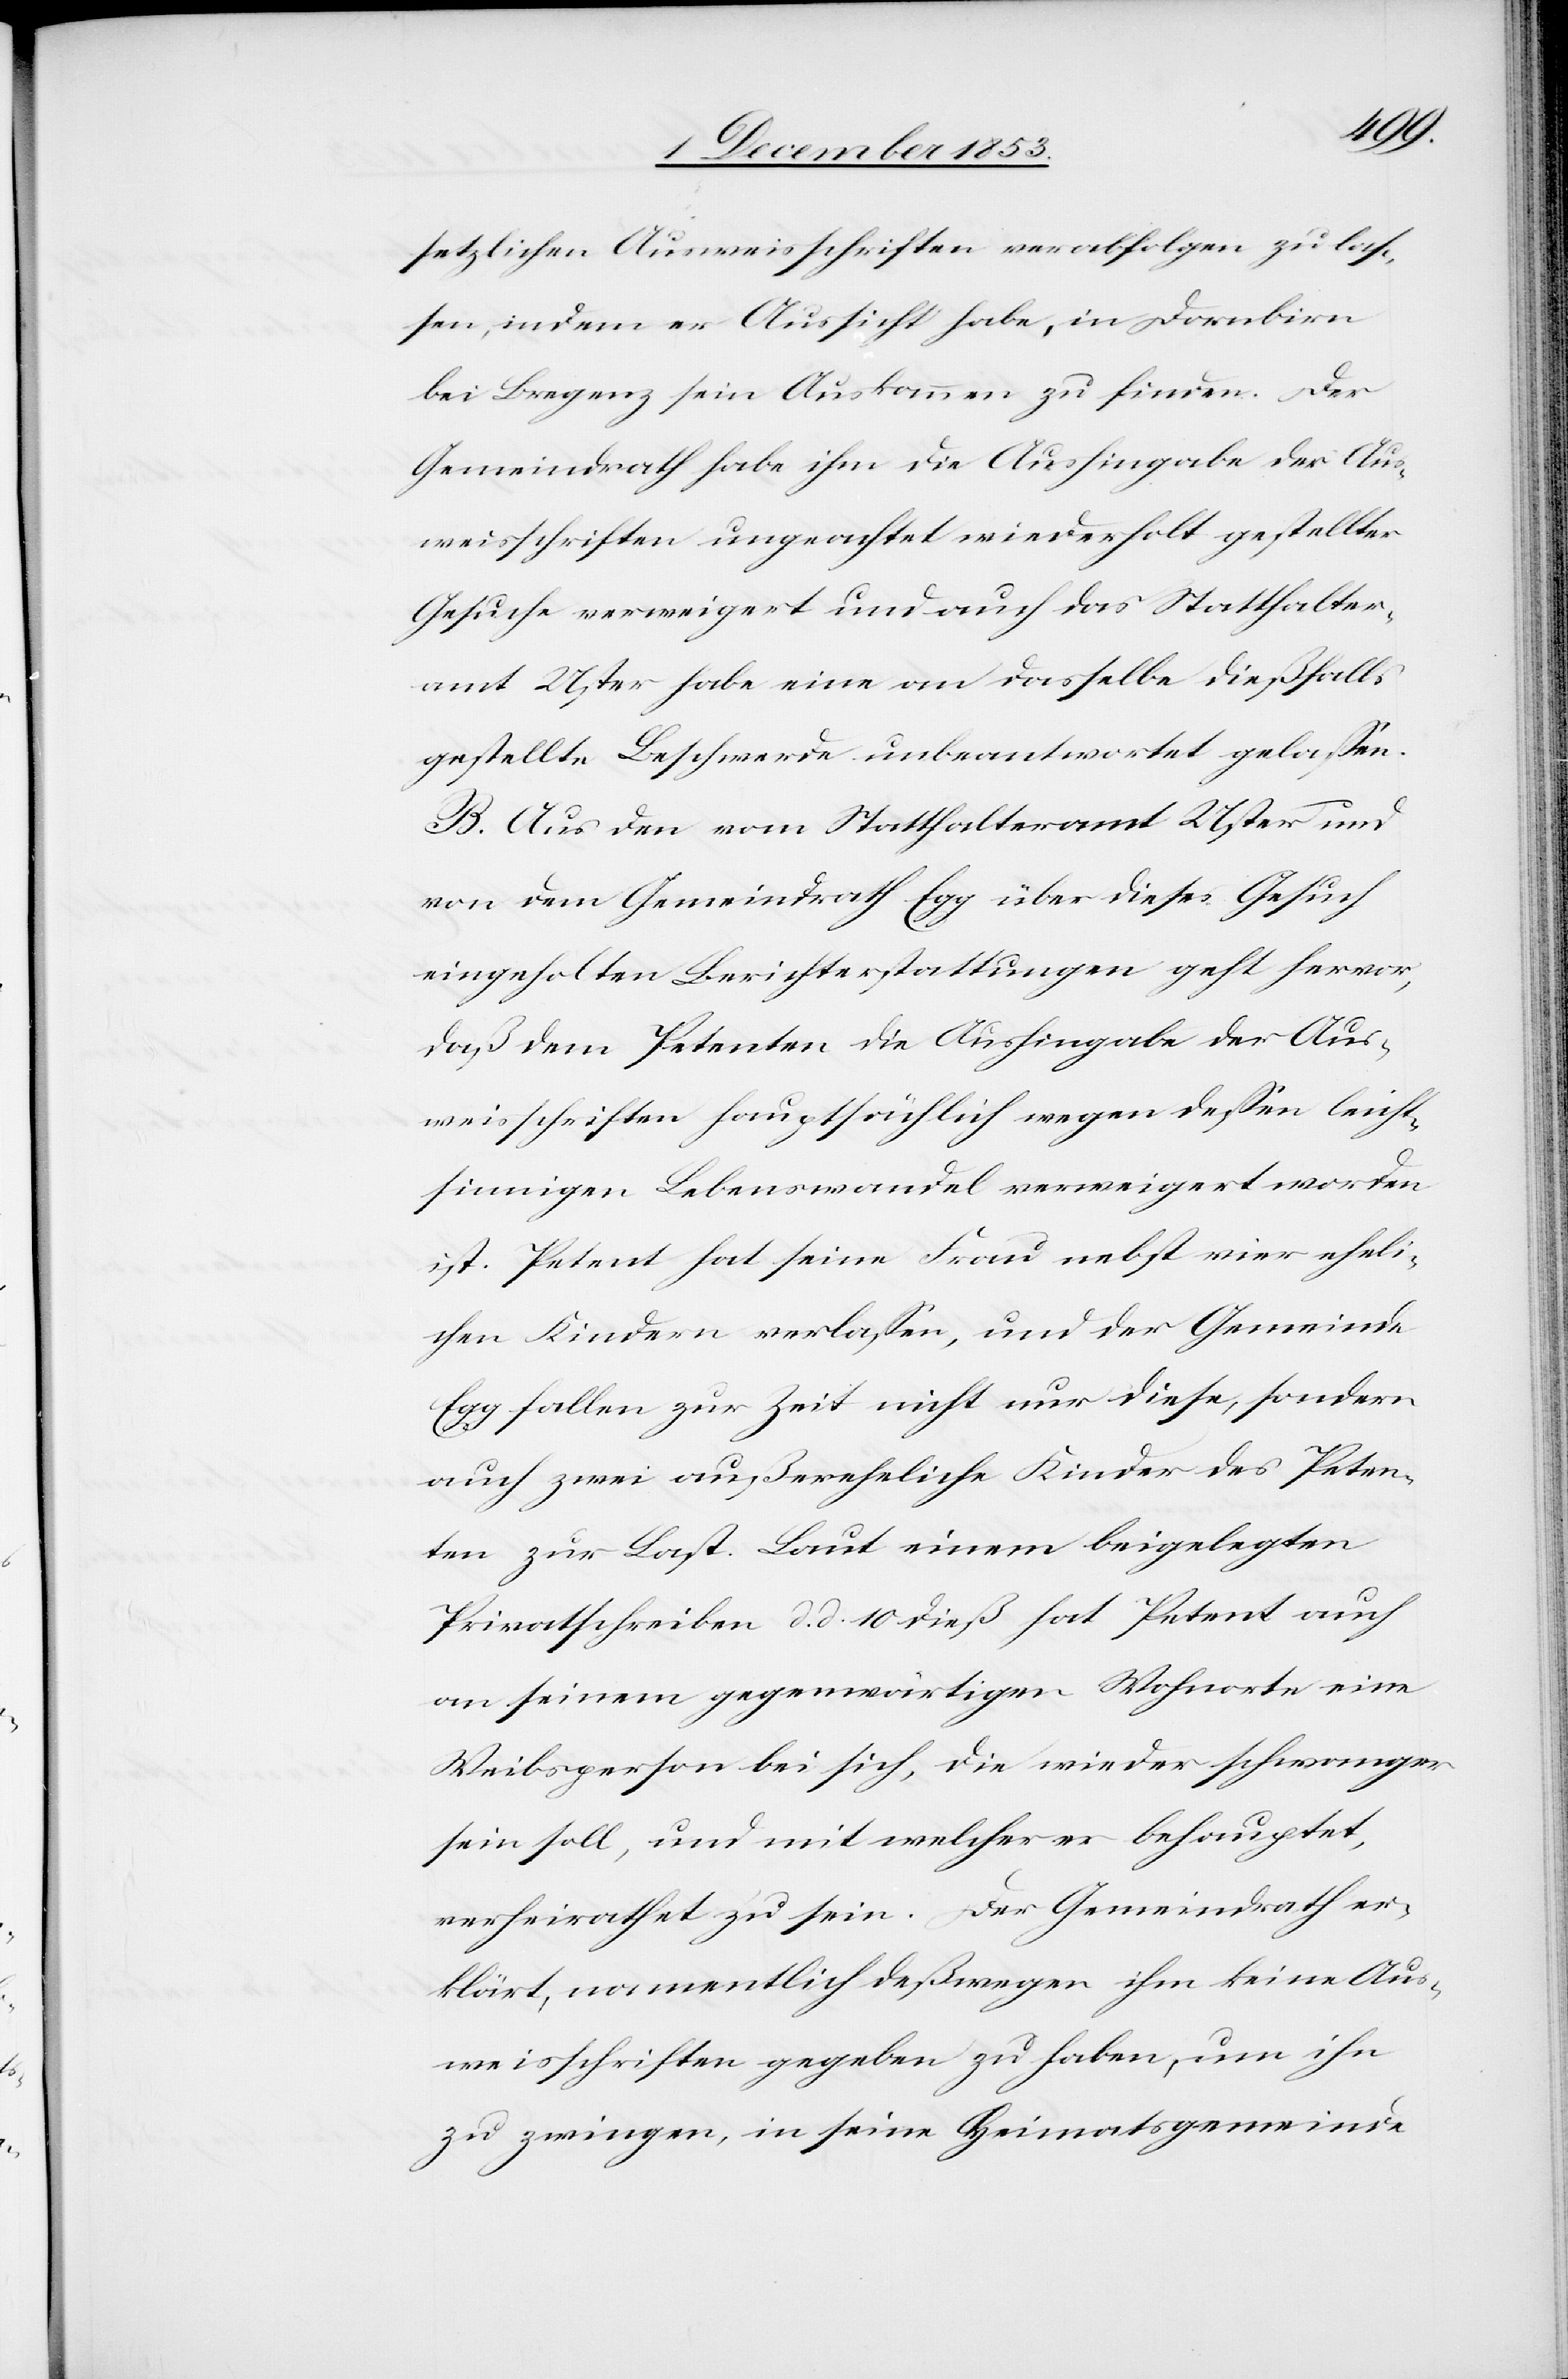
setzlichen Ausweisschriften verabfolgen zu las¬
sen, indem er Aussicht habe, in Dornbirn
bei Bregenz sein Auskommen zu finden. Der
Gemeindrath habe ihm die Aushingabe der Aus¬
weisschriften ungeachtet wiederholt gestellter
Gesuche verweigert und auch das Statthalter¬
amt Uster habe eine an dasselbe dießfalls
gestellte Beschwerde unbeantwortet gelaßen.
B. Aus den vom Statthalteramte Uster und
von dem Gemeindrath Egg über dieses Gesuch
eingeholten Berichterstattungen geht hervor,
daß dem Petenten die Aushingabe der Aus¬
weisschriften hauptsächlich wegen deßen leicht¬
sinnigen Lebenswandel verweigert worden
ist. Petent hat seine Frau nebst vier eheli¬
chen Kindern verlaßen, und der Gemeinde
Egg fallen zur Zeit nicht nur diese, sondern
auch zwei außereheliche Kinder des Peten¬
ten zur Last. Laut einem beigelegten
Privatschreiben d. d. 10 dieß hat Petent auch
an seinem gegenwärtigen Wohnorte eine
Weibsperson bei sich, die wieder schwanger
sein soll, und mit welcher er behauptet,
verheirathet zu sein. Der Gemeindrath er¬
klärt, namentlich deßwegen ihm keine Aus¬
weisschriften gegeben zu haben, um ihn
zu zwingen, in seine Heimatgemeinde